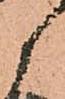
候